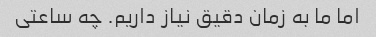
اما ما به زمان دقیق نیاز داریم. چه ساعتی